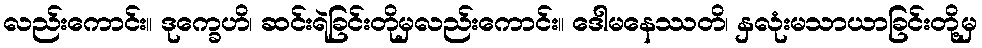
လည်းကောင်း။ ဒုက္ခေဟိ၊ ဆင်းရဲခြင်းတိုမှလည်းကောင်း။ ဒေါမနေဿတိ၊ နှလုံးမသာယာခြင်းတို့မှ